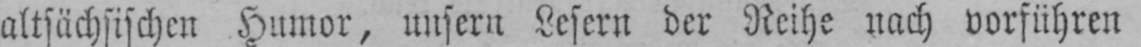
altsächsischen Humor, unsern Lesern der Reihe nach vorführen